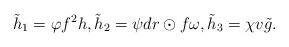
LaTeX: \begin{align*}\tilde{h}_1=\varphi f^2h,\tilde{h}_2=\psi dr\odot f\omega,\tilde{h}_3=\chi v \tilde{g}.\end{align*}